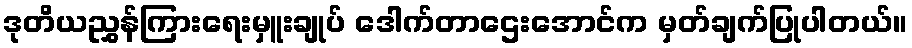
ဒုတိယညွှန်ကြားရေးမှူးချုပ် ဒေါက်တာဌေးအောင်က မှတ်ချက်ပြုပါတယ်။